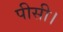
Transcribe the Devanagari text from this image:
पीसी।